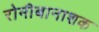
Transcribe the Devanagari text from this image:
रोमीबानाशक